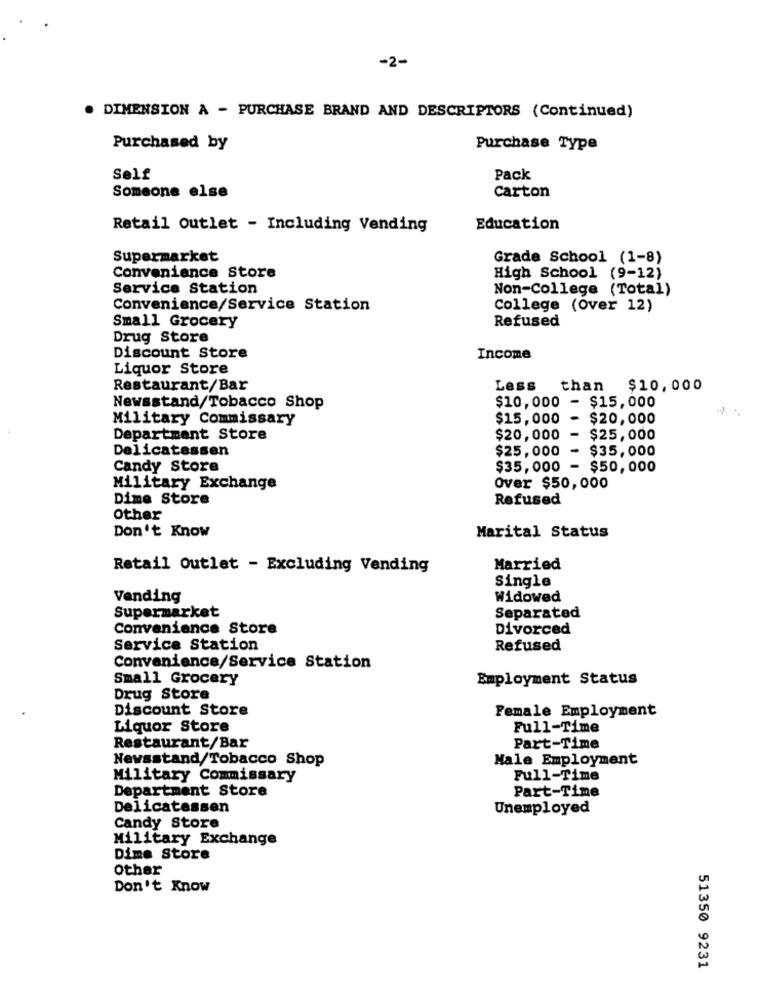
-2-
. DIMENSION A - PURCHASE BRAND AND DESCRIPTORS (Continued)
Purchased by
Purchase Type
Self
Pack
Someone else
Carton
Retail Outlet - Including Vending
Education
Supermarket
Grade School (1-8)
Convenience Store
High School (9-12)
Service Station
Non-College (Total)
Convenience/Service Station
College (Over 12)
Refused
Small Grocery
Drug Store
Discount Store
Income
Liquor Store
Restaurant/Bar
Less than
$10,000
Newsstand/Tobacco Shop
$10,000
- $15,000
Military Commissary
$15,000
- $20,000
Department Store
$20,000 - $25,000
Delicatessen
$25,000
- $35,000
Candy Store
$35,000 - $50,000
Military Exchange
Over $50,000
Dime Store
Refused
Other
Don't Know
Marital Status
Retail Outlet - Excluding Vending
Married
Single
Vending
Widowed
Supermarket
Separated
Convenience Store
Divorced
Service Station
Refused
Convenience/Service Station
Small Grocery
Employment Status
Drug Store
Discount Store
Female Employment
Liquor Store
Full-Time
Restaurant/Bar
Part-Time
Newsstand/Tobacco Shop
Male Employment
Military Commissary
Full-Time
Department Store
Part-Time
Delicatessen
Unemployed
Candy Store
Military Exchange
Dime Store
Other
Don't Know
51350 9231